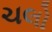
ચલો